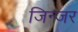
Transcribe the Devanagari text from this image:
जिन्जर